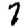
Digit: 7